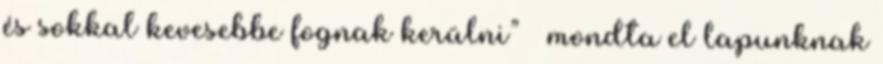
és sokkal kevesebbe fognak kerülni” – mondta el lapunknak